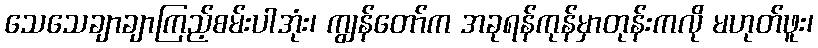
သေသေချာချာကြည့်စမ်းပါအုံး၊ ကျွန်တော်က အခုရန်ကုန်မှာတုန်းကလို မဟုတ်ဖူး၊